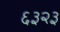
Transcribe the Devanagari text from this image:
६३२३